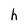
Character: h